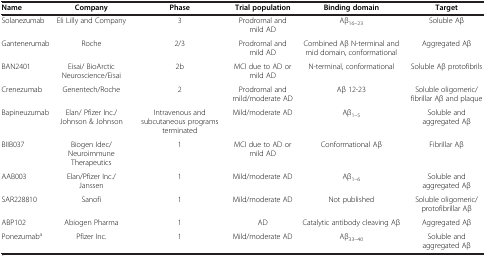
| Name | Company | Phase | Trial population | Binding domain | Target |
 | --- | --- | --- | --- | --- | --- |
 | Solanezumab | Eli Lilly and Company | 3 | Prodromal and mild AD | Aβ16–23 | Soluble Aβ |
 | Gantenerumab | Roche | 2/3 | Prodromal and mild AD | Combined Aβ N-terminal and mid domain, conformational | Aggregated Aβ |
 | BAN2401 | Eisai/ BioArctic Neuroscience/Eisai | 2b | MCI due to AD or mild AD | N-terminal, conformational | Soluble Aβ protofibrils |
 | Crenezumab | Genentech/Roche | 2 | Prodromal and mild/moderate AD | Aβ 12-23 | Soluble oligomeric/fibrillar Aβ and plaque |
 | Bapineuzumab | Elan/ Pfizer Inc./Johnson & Johnson | Intravenous and subcutaneous programs terminated | Mild/moderate AD | Aβ1–5 | Soluble and aggregated Aβ |
 | BIIB037 | Biogen Idec/Neuroimmune Therapeutics | 1 | MCI due to AD or mild AD | Conformational Aβ | Fibrillar Aβ |
 | AAB003 | Elan/Pfizer Inc./Janssen | 1 | Mild/moderate AD | Aβ1–6 | Soluble and aggregated Aβ |
 | SAR228810 | Sanofi | 1 | Mild/moderate AD | Not published | Soluble oligomeric/protofibrillar Aβ |
 | ABP102 | Abiogen Pharma | 1 | AD | Catalytic antibody cleaving Aβ | Aggregated Aβ |
 | Ponezumaba | Pfizer Inc. | 1 | Mild/moderate AD | Aβ33–40 | Soluble and aggregated Aβ |